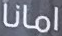
امانا